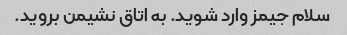
سلام جیمز وارد شوید. به اتاق نشیمن بروید.